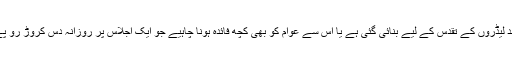
کیا پارلیمنٹ ان چند لیڈروں کے تقدس کے لیے بنائی گئی ہے یا اس سے عوام کو بھی کچھ فائدہ ہونا چاہیے جو ایک اجلاس پر روزانہ دس کروڑ رو پے ادا کررہے ہیں؟